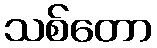
သစ်တော